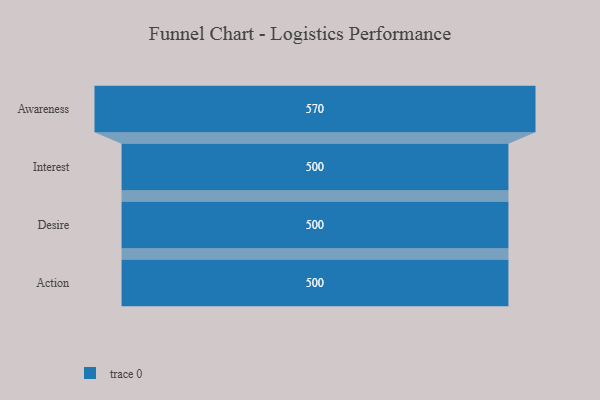
{"axis": {"x": "Stage", "y": "Value"}, "legend": [""], "data": [{"x": "Awareness", "y": 570.0, "type": ""}, {"x": "Interest", "y": 500, "type": ""}, {"x": "Desire", "y": 500, "type": ""}, {"x": "Action", "y": 500, "type": ""}]}